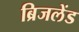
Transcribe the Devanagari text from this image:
ब्रिजलेंड